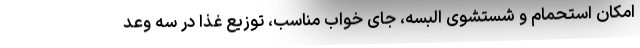
امکان استحمام و شستشوی البسه، جای خواب مناسب، توزیع غذا در سه وعد